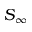
S _ { \infty }